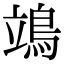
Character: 鴗